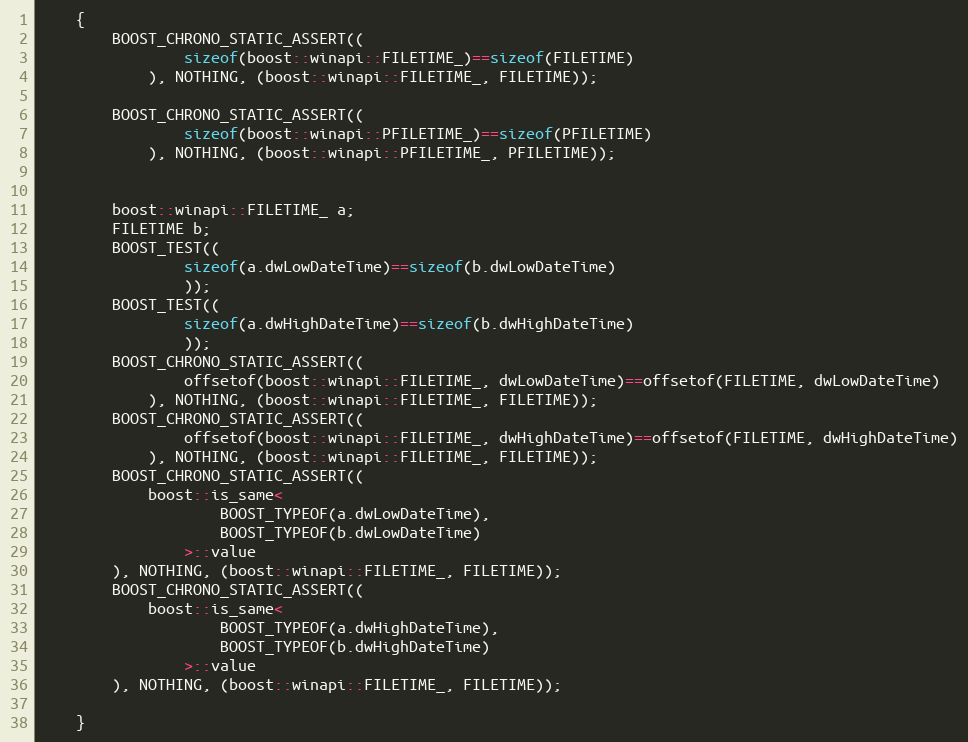
Language: C++
    {
        BOOST_CHRONO_STATIC_ASSERT((
                sizeof(boost::winapi::FILETIME_)==sizeof(FILETIME)
            ), NOTHING, (boost::winapi::FILETIME_, FILETIME));

        BOOST_CHRONO_STATIC_ASSERT((
                sizeof(boost::winapi::PFILETIME_)==sizeof(PFILETIME)
            ), NOTHING, (boost::winapi::PFILETIME_, PFILETIME));

        boost::winapi::FILETIME_ a;
        FILETIME b;
        BOOST_TEST((
                sizeof(a.dwLowDateTime)==sizeof(b.dwLowDateTime)
                ));
        BOOST_TEST((
                sizeof(a.dwHighDateTime)==sizeof(b.dwHighDateTime)
                ));
        BOOST_CHRONO_STATIC_ASSERT((
                offsetof(boost::winapi::FILETIME_, dwLowDateTime)==offsetof(FILETIME, dwLowDateTime)
            ), NOTHING, (boost::winapi::FILETIME_, FILETIME));
        BOOST_CHRONO_STATIC_ASSERT((
                offsetof(boost::winapi::FILETIME_, dwHighDateTime)==offsetof(FILETIME, dwHighDateTime)
            ), NOTHING, (boost::winapi::FILETIME_, FILETIME));
        BOOST_CHRONO_STATIC_ASSERT((
            boost::is_same<
                    BOOST_TYPEOF(a.dwLowDateTime),
                    BOOST_TYPEOF(b.dwLowDateTime)
                >::value
        ), NOTHING, (boost::winapi::FILETIME_, FILETIME));
        BOOST_CHRONO_STATIC_ASSERT((
            boost::is_same<
                    BOOST_TYPEOF(a.dwHighDateTime),
                    BOOST_TYPEOF(b.dwHighDateTime)
                >::value
        ), NOTHING, (boost::winapi::FILETIME_, FILETIME));

    }